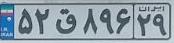
۵۲ق۸۹۶۲۹